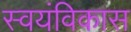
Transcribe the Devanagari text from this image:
स्वयंविकास